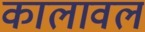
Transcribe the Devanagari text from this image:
कालावल